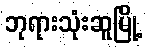
ဘုရားသုံးဆူမြို့